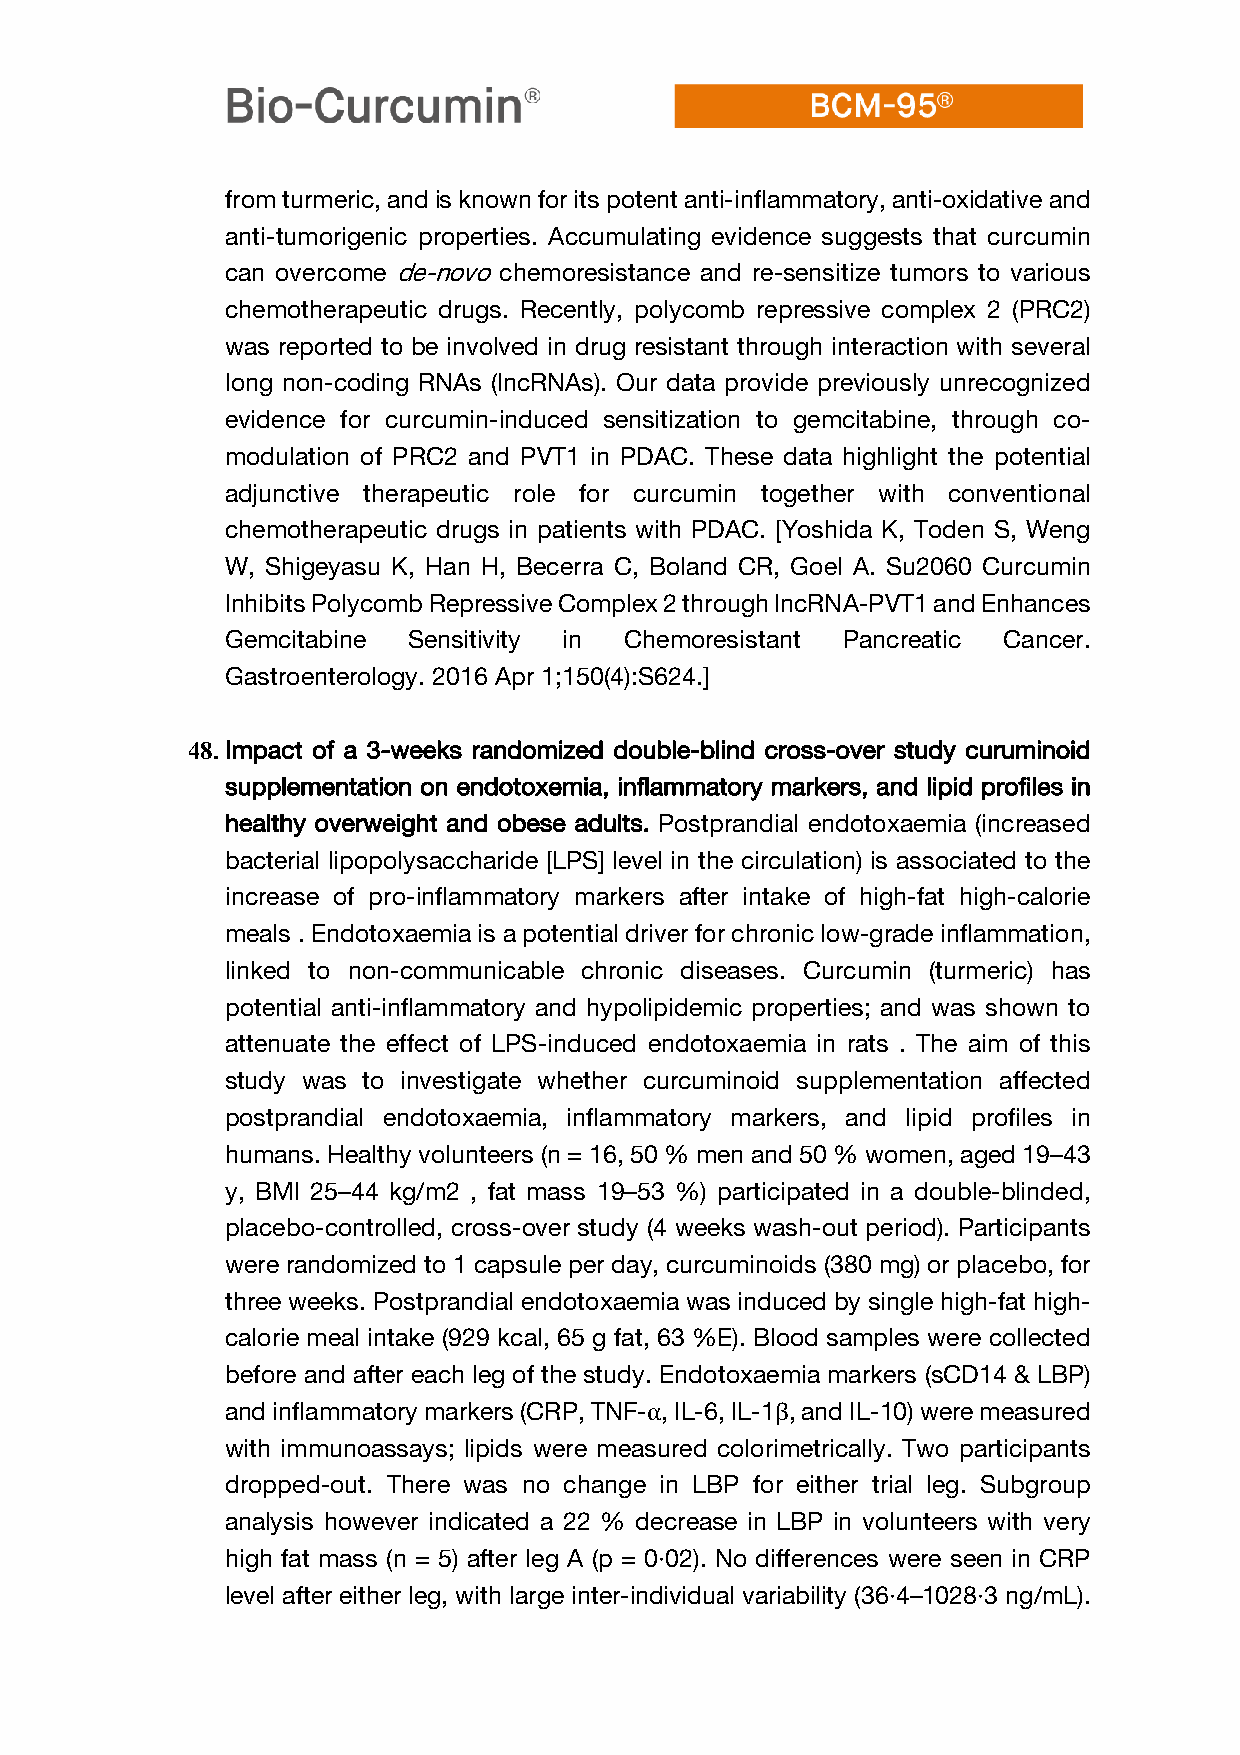
from turmeric, and is known for its potent anti-inflammatory, anti-oxidative and
 anti-tumorigenic properties. Accumulating evidence suggests that curcumin
 can overcome de-novo chemoresistance and re-sensitize tumors to various
 chemotherapeutic drugs. Recently, polycomb repressive complex 2 (PRC2)
 was reported to be involved in drug resistant through interaction with several
 long non-coding RNAs (lncRNAs). Our data provide previously unrecognized
 evidence for curcumin-induced sensitization to gemcitabine, through co-
 modulation of PRC2 and PVT1 in PDAC. These data highlight the potential
 adjunctive therapeutic role for curcumin together with conventional
 chemotherapeutic drugs in patients with PDAC. [Yoshida K, Toden S, Weng
 W, Shigeyasu K, Han H, Becerra C, Boland CR, Goel A. Su2060 Curcumin
 Inhibits Polycomb Repressive Complex 2 through lncRNA-PVT1 and Enhances
 Gemcitabine Sensitivity in Chemoresistant Pancreatic Cancer.
 Gastroenterology. 2016 Apr 1;150(4):S624.]
 48. Impact of a 3-weeks randomized double-blind cross-over study curuminoid
 supplementation on endotoxemia, inflammatory markers, and lipid profiles in
 healthy overweight and obese adults. Postprandial endotoxaemia (increased
 bacterial lipopolysaccharide [LPS] level in the circulation) is associated to the
 increase of pro-inflammatory markers after intake of high-fat high-calorie
 meals . Endotoxaemia is a potential driver for chronic low-grade inflammation,
 linked to non-communicable chronic diseases. Curcumin (turmeric) has
 potential anti-inflammatory and hypolipidemic properties; and was shown to
 attenuate the effect of LPS-induced endotoxaemia in rats . The aim of this
 study was to investigate whether curcuminoid supplementation affected
 postprandial endotoxaemia, inflammatory markers, and lipid profiles in
 humans. Healthy volunteers (n = 16, 50 % men and 50 % women, aged 19–43
 y, BMI 25–44 kg/m2 , fat mass 19–53 %) participated in a double-blinded,
 placebo-controlled, cross-over study (4 weeks wash-out period). Participants
 were randomized to 1 capsule per day, curcuminoids (380 mg) or placebo, for
 three weeks. Postprandial endotoxaemia was induced by single high-fat high-
 calorie meal intake (929 kcal, 65 g fat, 63 %E). Blood samples were collected
 before and after each leg of the study. Endotoxaemia markers (sCD14 & LBP)
 and inflammatory markers (CRP, TNF-α, IL-6, IL-1β, and IL-10) were measured
 with immunoassays; lipids were measured colorimetrically. Two participants
 dropped-out. There was no change in LBP for either trial leg. Subgroup
 analysis however indicated a 22 % decrease in LBP in volunteers with very
 high fat mass (n = 5) after leg A (p = 0·02). No differences were seen in CRP
 level after either leg, with large inter-individual variability (36·4–1028·3 ng/mL).